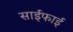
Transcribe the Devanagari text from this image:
साईफाई